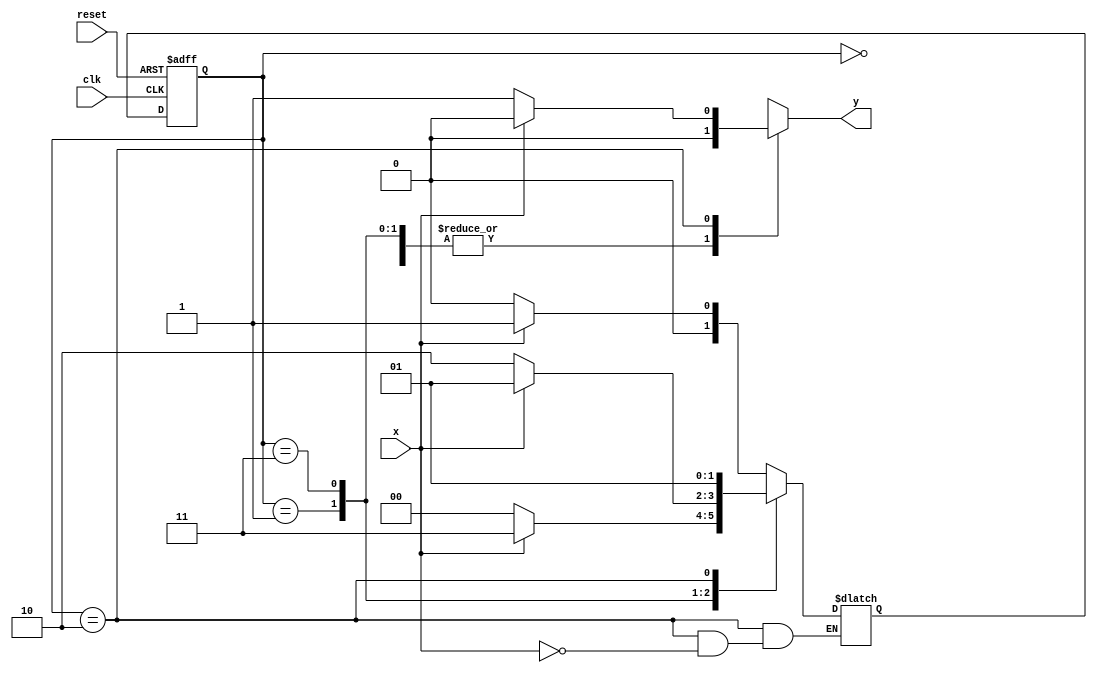
// --------------
// --- Mealy FSM
// --------------
/*
                       Mealy FSM Diagram
                      __________________
                /                            \
          1    v     0          0      1 | // found
[start] ---> [id1] ---> [id11] ---> [id110]
 ^ \0         0|         1/     ^     0| // not found
 \_/          /       \__/ |
  \__________/          /
   \                   /
    \_________________/
*/
// constant definitions
`define found 1
`define notfound 0
// FSM by Mealy
module mealy1100 ( y, x, clk, reset );
output y;
input x;
input clk;
input reset;
reg y;
parameter // state identifiers
start = 2'b00,
id1 = 2'b01,
id10 = 2'b11,
id100 = 2'b10;
reg [1:0] E1; // current state variables
reg [1:0] E2; // next state logic output
// next state logic
always @( x or E1 )
begin
y = `notfound;
case ( E1 )
start:
if ( x )
E2 = id1;
else
E2 = start;
id1:
if ( x )
E2 = id10;
else
E2 = start;
id10:
if ( x )
E2 = id1;
else
E2 = id100;
id100:
if ( x )
E2 = id1;
else
y = `found;
default: // undefined state
E2 = 2'bxx;
endcase
end // always at signal or state changing
// state variables
always @( posedge clk or negedge reset )
begin
if ( reset )
E1 = E2; // updates current state
else
E1 = 0; // reset
end // always at signal changing
endmodule // mealy1001